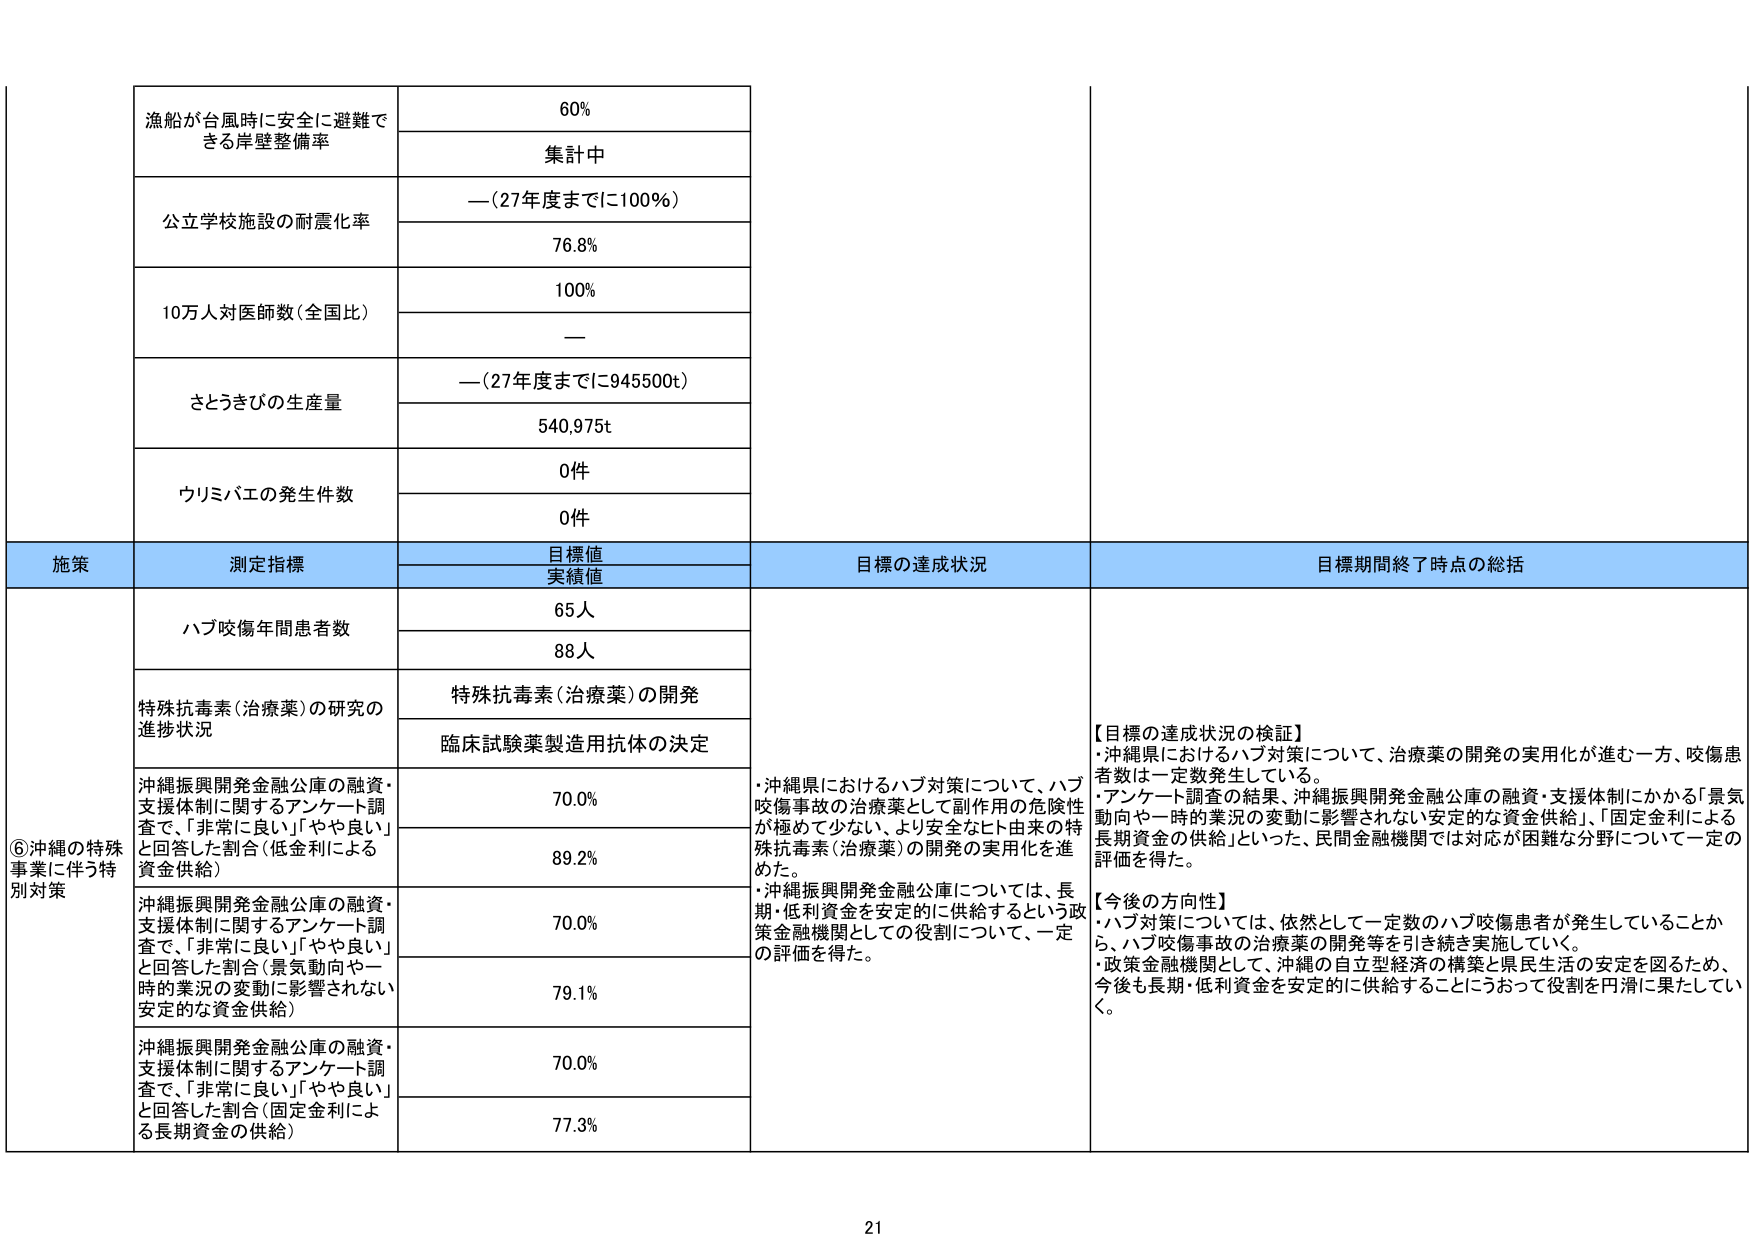
漁船が台風時に安全に避難できる岸壁整備率
60%
集計中

公立学校施設の耐震化率
—（27年度までに100%）
76.8%

10万人対医師数（全国比）
100%
—

さとうきびの生産量
—（27年度までに945500t）
540,975t

ウリミバエの発生件数
0件
0件

施策
測定指標
目標値
実績値
目標の達成状況
目標期間終了時点の総括

⑥沖縄の特殊事業に伴う特別対策
ハブ咬傷年間患者数
65人
88人

特殊抗毒素（治療薬）の研究の進捗状況
特殊抗毒素（治療薬）の開発
臨床試験薬製造用抗体の決定

沖縄振興開発金融公庫の融資・支援体制に関するアンケート調査で、「非常に良い」「やや良い」と回答した割合（低金利による資金供給）
70.0%
89.2%

沖縄振興開発金融公庫の融資・支援体制に関するアンケート調査で、「非常に良い」「やや良い」と回答した割合（景気動向や一時的業況の変動に影響されない安定的な資金供給）
70.0%
79.1%

沖縄振興開発金融公庫の融資・支援体制に関するアンケート調査で、「非常に良い」「やや良い」と回答した割合（固定金利による長期資金の供給）
70.0%
77.3%

・沖縄県におけるハブ対策について、ハブ咬傷事故の治療薬として副作用の危険性が極めて少ない、より安全なヒト由来の特殊抗毒素（治療薬）の開発の実用化を進めた。
・沖縄振興開発金融公庫については、長期・低利資金を安定的に供給するという政策金融機関としての役割について、一定の評価を得た。

【目標の達成状況の検証】
・沖縄県におけるハブ対策について、治療薬の開発の実用化が進む一方、咬傷患者数は一定数発生している。
・アンケート調査の結果、沖縄振興開発金融公庫の融資・支援体制にかかる「景気動向や一時的業況の変動に影響されない安定的な資金供給」、「固定金利による長期資金の供給」といった、民間金融機関では対応が困難な分野について一定の評価を得た。

【今後の方向性】
・ハブ対策については、依然として一定数のハブ咬傷患者が発生していることから、ハブ咬傷事故の治療薬の開発等を引き続き実施していく。
・政策金融機関として、沖縄の自立型経済の構築と県民生活の安定を図るため、今後も長期・低利資金を安定的に供給することにうおって役割を円滑に果たしていく。

21